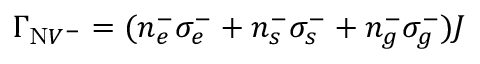
\Gamma _ { \mathrm { N } V ^ { - } } = ( n _ { e } ^ { - } \sigma _ { e } ^ { - } + n _ { s } ^ { - } \sigma _ { s } ^ { - } + n _ { g } ^ { - } \sigma _ { g } ^ { - } ) J